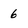
Character: 6